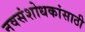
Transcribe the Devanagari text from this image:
नवसंशोधकांसाठी